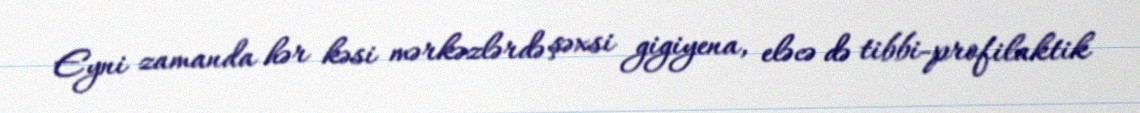
Eyni zamanda hər kəsi mərkəzlərdə şəxsi gigiyena, eləcə də tibbi-profilaktik